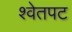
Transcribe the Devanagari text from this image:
श्वेतपट